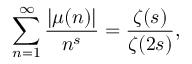
\sum _ { n = 1 } ^ { \infty } { \frac { | \mu ( n ) | } { n ^ { s } } } = { \frac { \zeta ( s ) } { \zeta ( 2 s ) } } ,